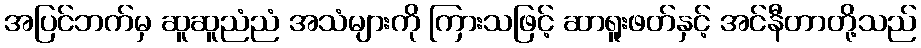
အပြင်ဘက်မှ ဆူဆူညံညံ အသံများကို ကြားသဖြင့် ဆာရူးဖတ်နှင့် အင်နီတာတို့သည်